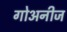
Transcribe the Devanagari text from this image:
गोअनीज